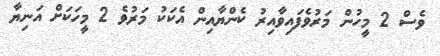
ވެސް 2 މީހުން މަރުވެފައިވާއިރު ކެންޔާއިން އެކަކު މަރުވެ 2 މީހަކަށް އަނިޔާ